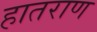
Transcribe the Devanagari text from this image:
हातराण